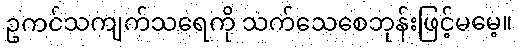
ဥကင်သကျက်သရေကို သက်သေစေဘုန်းဖြင့်မမေ့။